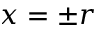
x = \pm r